Indian journal of veterinary science and animal husbandry - Volumes 18-21, 1948-1951
Year: 1948
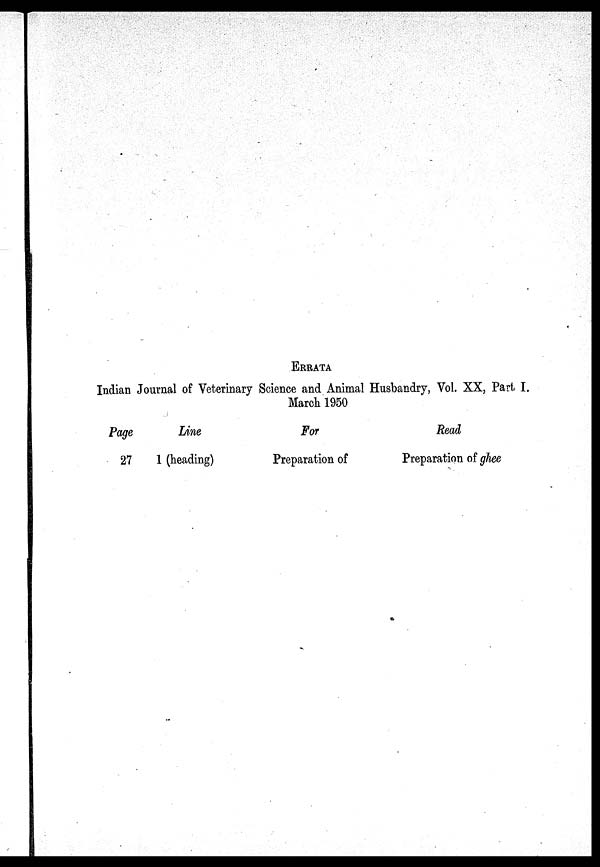
ERRATA
Indian Journal of Veterinary Science and Animal Husbandry, Vol. XX, Part I.
March 1950
Page
27
Line
1 (heading)
For
Preparation of
Read
Preparation of ghee